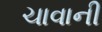
ચાવાની